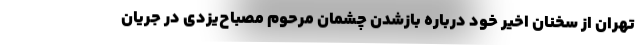
تهران از سخنان اخیر خود درباره بازشدن چشمان مرحوم مصباح‌یزدی در جریان